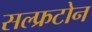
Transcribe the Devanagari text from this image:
सल्फ्रटोन